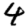
Digit: 4